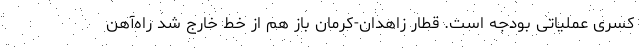
کسری عملیاتی بودجه است. قطار زاهدان-کرمان باز هم از خط خارج شد راه‌آهن